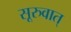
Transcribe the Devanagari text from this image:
सूरुवात्